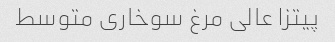
پیتزا عالی مرغ سوخاری متوسط